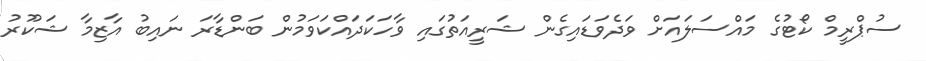
ސުޕްރީމް ކޯޓުގެ މައްސަލައަށް ވަދެވަޑައިގެން ޝަރީއަތުގައި ވާހަކަދައްކަވަމުން ބަންޑާރަ ނައިބު އާޒިމާ ޝަކޫރު